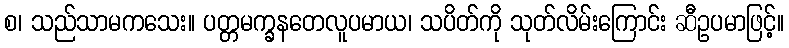
စ၊ သည်သာမကသေး။ ပတ္တမက္ခနတေလူပမာယ၊ သပိတ်ကို သုတ်လိမ်းကြောင်း ဆီဥပမာဖြင့်။